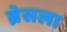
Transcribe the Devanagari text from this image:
ब्रेसला